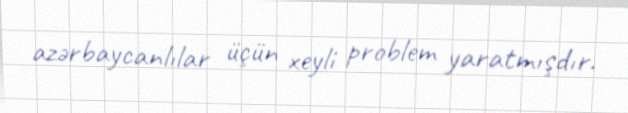
azərbaycanlılar üçün xeyli problem yaratmışdır.